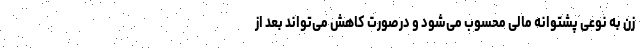
زن به نوعی پشتوانه مالی محسوب می‌شود و درصورت کاهش می‌تواند بعد از